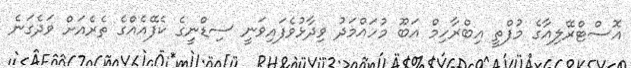
އޮސްޓްރޭލިއާގެ މުފްތީ އިބްރާހިމް އަބޫ މުހައްމަދު ވިދާޅުވެފައިވަނީ ސިޑްނީގެ ކެފޭއެއްގެ ތެރެއަށް ވަދެގަނެ